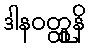
ဒါနဝတ္ထူနိ